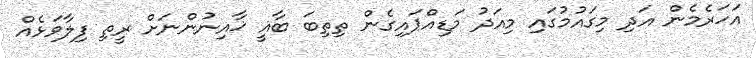
އަހަރެމެން އަދި މިގައުމުގައި މިއަދު މަޑިއްޕައިގެން ތިތިބަ ބާޣީ ޚާއިނުންނަށް ރީތި ފިލާވަޅެއް